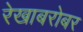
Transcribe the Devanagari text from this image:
रेखाबरोबर